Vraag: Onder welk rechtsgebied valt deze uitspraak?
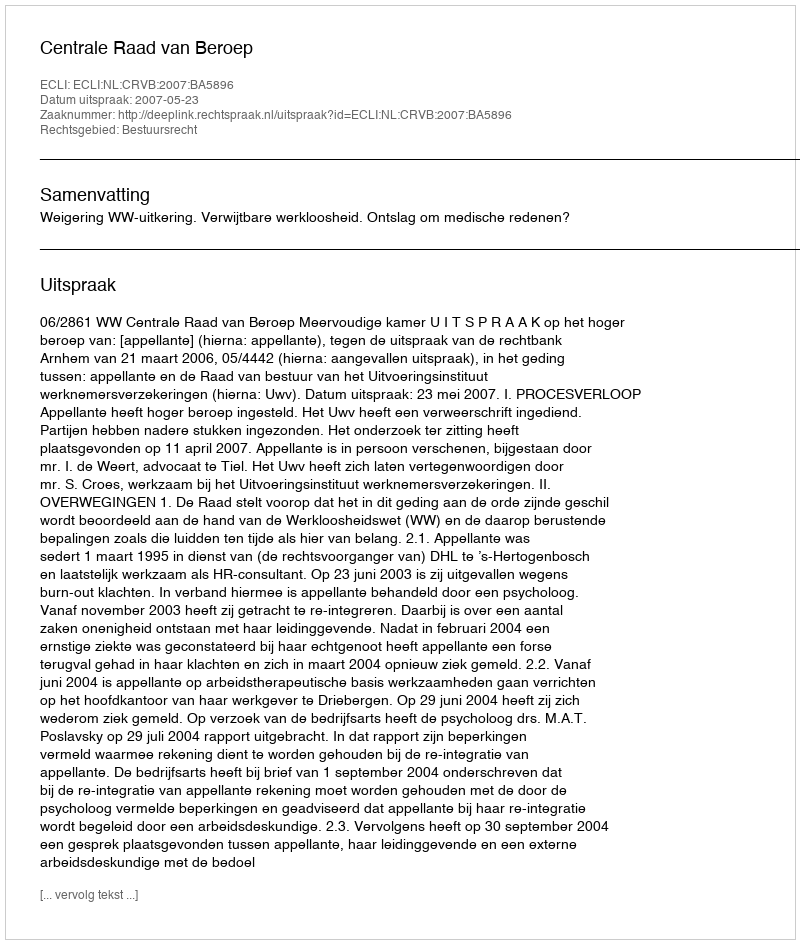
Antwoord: Bestuursrecht